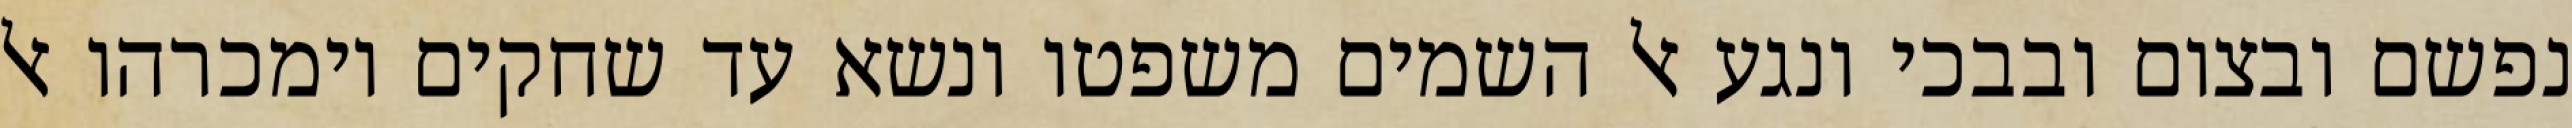
נפשם ובצום ובבכי ונגע אל השמים משפטו ונשא עד שחקים וימכרהו אל